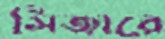
সিজারে